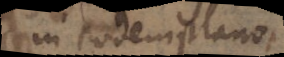
in eodem plano,